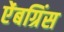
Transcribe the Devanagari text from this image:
ऐंबग्रिंस